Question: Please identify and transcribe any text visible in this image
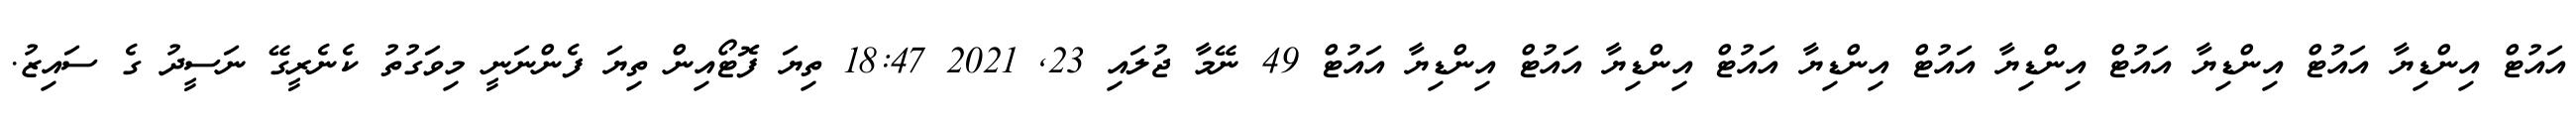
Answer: އައުޓް އިންޑިޔާ އައުޓް އިންޑިޔާ އައުޓް އިންޑިޔާ އައުޓް އިންޑިޔާ އައުޓް އިންޑިޔާ އައުޓް އިންޑިޔާ އައުޓް 49 ނޭމާ ޖުލައި 23, 2021 18:47 ތިޔަ ފޮޓޯއިން ތިޔަ ފެންނަނީ މިވަގުތު ކެނެރީގޭ ނަސީދު ގެ ސައިޒު.